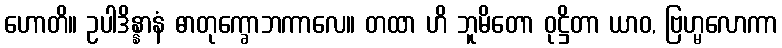
ဟောတိ။ ဥပါဒိန္နာနံ ဓာတုက္ခောဘကာလေ။ တထာ ဟိ ဘူမိတော ဝုဋ္ဌိတာ ယာဝ, ဗြဟ္မလောကာ